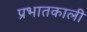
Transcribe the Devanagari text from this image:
प्रभातकाली